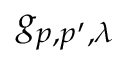
g _ { p , p ^ { \prime } , \lambda }